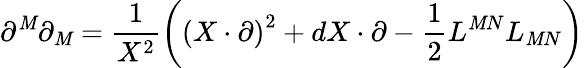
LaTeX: \partial^{\mathit{M}}\partial_{\mathit{M}}=\frac{{1}}{{X^{2}}}\left(\left(X\cdot\partial\right)^{2}+dX\cdot\partial-\frac{{1}}{{2}}L^{\mathit{M}N}L_{\mathit{M}N}\right)